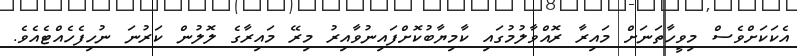
އެކަކަށްވެސް މިވީހާތަނަށް މައިރާ ރޮއްވާލުމުގައި ކާމިޔާބުކޮށްފައިނުވާއިރު މިރޭ މައިރާގެ ލޮލުން ކަރުނަ ނުހިފެހެއްޓެއެވެ.